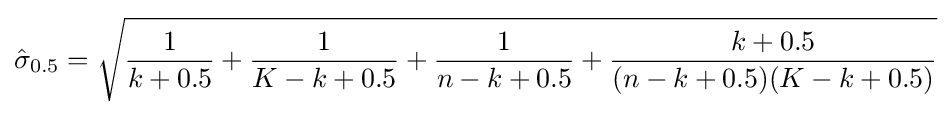
{\hat {\sigma }}_{0.5}={\sqrt {{\frac {1}{k+0.5}}+{\frac {1}{K-k+0.5}}+{\frac {1}{n-k+0.5}}+{\frac {k+0.5}{(n-k+0.5)(K-k+0.5)}}}}